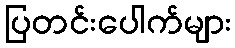
ပြတင်းပေါက်များ